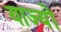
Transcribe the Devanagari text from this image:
याज्यों